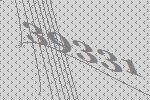
39331